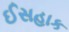
ઈસહાક